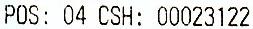
POS: 04 CSH: 00023122